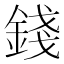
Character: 錢